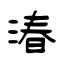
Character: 湷